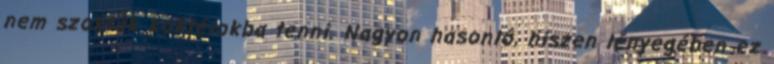
nem szokták koktélokba tenni. Nagyon hasonló, hiszen lényegében ez